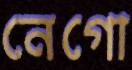
নেগো